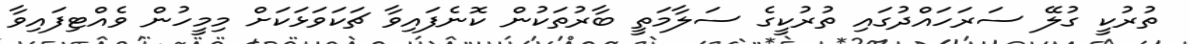
ތުރުކީ ގުލޭ ސަރަހައްދުގައި ތުރުކީގެ ސަލާމަތީ ބާރުތަކުން ކޮނެފައިވާ ޗަކަވަޅަކަށް މިމީހުން ވެއްޓިފައިވާ